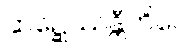
ဆဍ္ဍေဿန္တီတိပေ